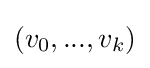
(v_{0},...,v_{k})